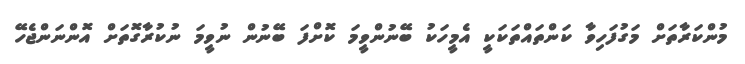
މުންކަރާތަށް މަގުފަހިވާ ކަންތައްތަކަކީ އެމީހަކު ބޭނުންވީމަ ކޮށްފަ ބޭނުން ނުވީމަ ނުކުރާގޮތަށް އޮންނަންޖެހޭ